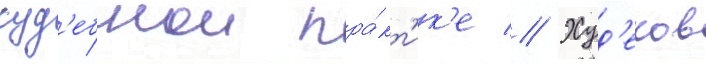
суд'ебнои пра́кт'ик'е // Худ'еков